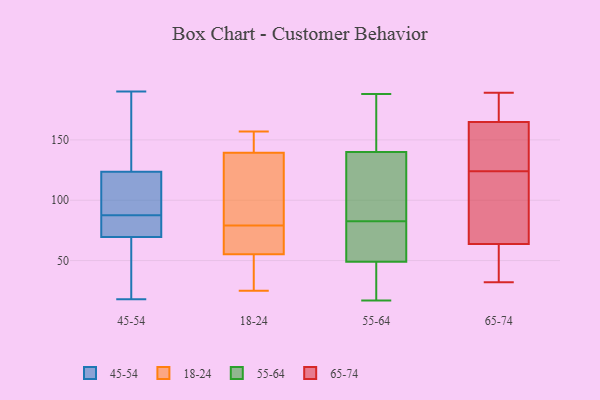
{"axis": {"x": "Shipments", "y": "Value"}, "legend": ["18-24", "45-54", "55-64", "65-74"], "data": [{"x": "", "y": 101, "type": "45-54"}, {"x": "", "y": 88, "type": "45-54"}, {"x": "", "y": 143, "type": "45-54"}, {"x": "", "y": 82, "type": "45-54"}, {"x": "", "y": 87, "type": "45-54"}, {"x": "", "y": 61, "type": "45-54"}, {"x": "", "y": 78, "type": "45-54"}, {"x": "", "y": 182, "type": "45-54"}, {"x": "", "y": 24, "type": "45-54"}, {"x": "", "y": 45, "type": "45-54"}, {"x": "", "y": 110, "type": "45-54"}, {"x": "", "y": 137, "type": "45-54"}, {"x": "", "y": 82, "type": "45-54"}, {"x": "", "y": 103, "type": "45-54"}, {"x": "", "y": 190, "type": "45-54"}, {"x": "", "y": 18, "type": "45-54"}, {"x": "", "y": 100, "type": "18-24"}, {"x": "", "y": 54, "type": "18-24"}, {"x": "", "y": 56, "type": "18-24"}, {"x": "", "y": 46, "type": "18-24"}, {"x": "", "y": 63, "type": "18-24"}, {"x": "", "y": 25, "type": "18-24"}, {"x": "", "y": 50, "type": "18-24"}, {"x": "", "y": 79, "type": "18-24"}, {"x": "", "y": 114, "type": "18-24"}, {"x": "", "y": 125, "type": "18-24"}, {"x": "", "y": 157, "type": "18-24"}, {"x": "", "y": 131, "type": "18-24"}, {"x": "", "y": 142, "type": "18-24"}, {"x": "", "y": 78, "type": "18-24"}, {"x": "", "y": 150, "type": "18-24"}, {"x": "", "y": 153, "type": "18-24"}, {"x": "", "y": 142, "type": "18-24"}, {"x": "", "y": 76, "type": "18-24"}, {"x": "", "y": 55, "type": "18-24"}, {"x": "", "y": 140, "type": "55-64"}, {"x": "", "y": 51, "type": "55-64"}, {"x": "", "y": 48, "type": "55-64"}, {"x": "", "y": 67, "type": "55-64"}, {"x": "", "y": 49, "type": "55-64"}, {"x": "", "y": 40, "type": "55-64"}, {"x": "", "y": 75, "type": "55-64"}, {"x": "", "y": 129, "type": "55-64"}, {"x": "", "y": 184, "type": "55-64"}, {"x": "", "y": 17, "type": "55-64"}, {"x": "", "y": 158, "type": "55-64"}, {"x": "", "y": 188, "type": "55-64"}, {"x": "", "y": 90, "type": "55-64"}, {"x": "", "y": 116, "type": "55-64"}, {"x": "", "y": 177, "type": "65-74"}, {"x": "", "y": 167, "type": "65-74"}, {"x": "", "y": 124, "type": "65-74"}, {"x": "", "y": 112, "type": "65-74"}, {"x": "", "y": 118, "type": "65-74"}, {"x": "", "y": 131, "type": "65-74"}, {"x": "", "y": 59, "type": "65-74"}, {"x": "", "y": 177, "type": "65-74"}, {"x": "", "y": 53, "type": "65-74"}, {"x": "", "y": 36, "type": "65-74"}, {"x": "", "y": 158, "type": "65-74"}, {"x": "", "y": 32, "type": "65-74"}, {"x": "", "y": 151, "type": "65-74"}, {"x": "", "y": 189, "type": "65-74"}, {"x": "", "y": 78, "type": "65-74"}]}